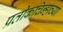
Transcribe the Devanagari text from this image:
प्रतीकचिन्हाच्या